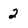
Character: 2